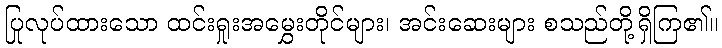
ပြုလုပ်ထားသော ထင်းရှုးအမွှေးတိုင်များ၊ အင်းဆေးများ စသည်တို့ရှိကြ၏။